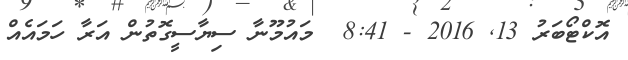
އޮކްޓޯބަރު 13